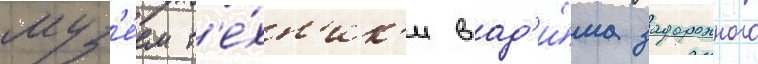
муз'е́ем т'е́хн'ик'и вад'и́ма задорожного